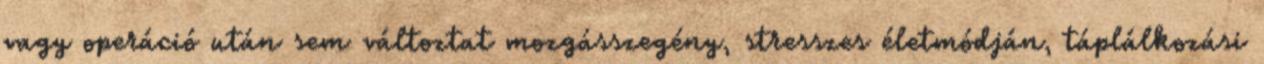
vagy operáció után sem változtat mozgásszegény, stresszes életmódján, táplálkozási